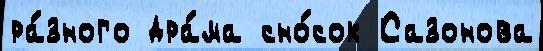
ра́зного дра́ма сно́сок Сазонова